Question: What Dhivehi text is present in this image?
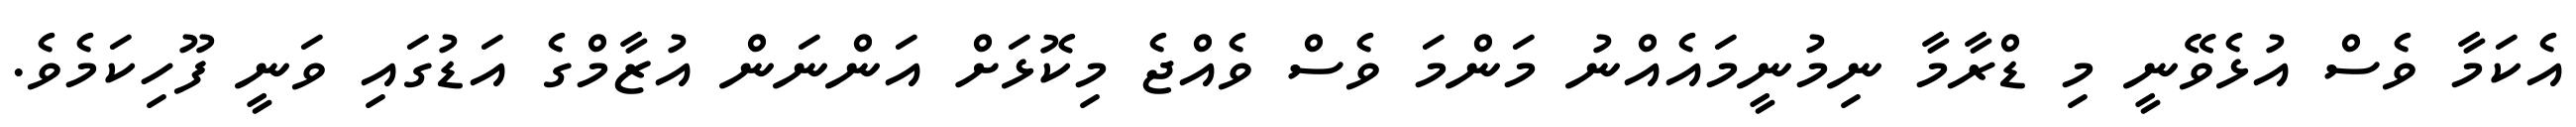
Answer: އެކަމާ ވެސް އުޅެވޭނީ މި ޑްރާމާ ނިމުނީމައެއްނު މަންމަ ވެސް ވެއްޖެ މިކޮޅަށް އަންނަން އުޒާމްގެ އަޑުގައި ވަނީ ފޫހިކަމެވެ.